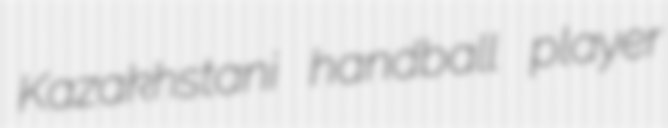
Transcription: Kazakhstani handball player